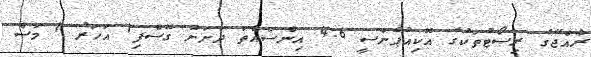
ރާއްޖޭގެ ރިސޯޓުތަކުގެ އޮކިއުޕެންސީ 4.6 އިންސައްތަ ދަށަށް ގޮސްފި1 އަހަރު 1 މަސް